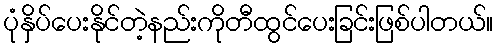
ပုံနှိပ်ပေးနိုင်တဲ့နည်းကိုတီထွင်ပေးခြင်းဖြစ်ပါတယ်။